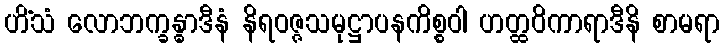
ဟိံသံ လောဘက္ခန္ဓာဒီနံ နိရဝဇ္ဇသမုဋ္ဌာပနကိစ္စဝါ ဟတ္ထဝိကာရာဒီနိ စာမရာ